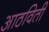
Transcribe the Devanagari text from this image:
आठविती